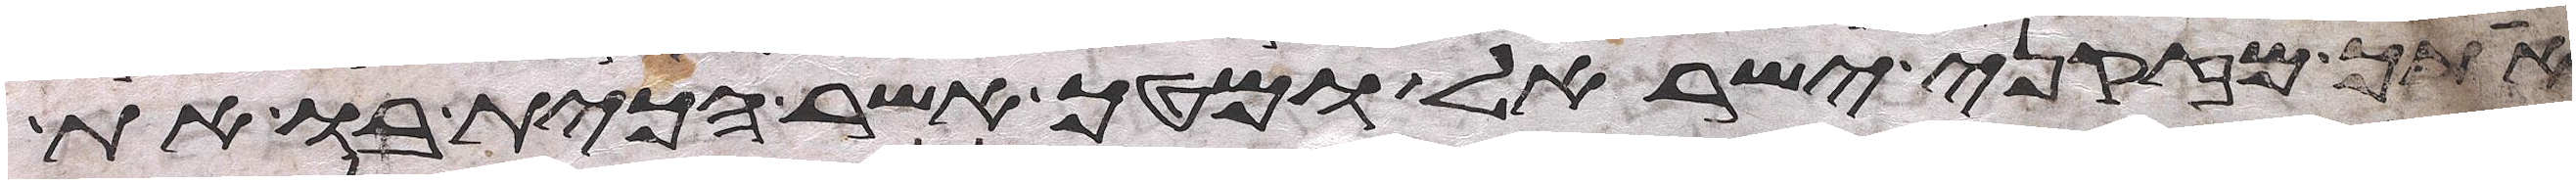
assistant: אתך מזקני ישראל ומטך אשר הכית בו את